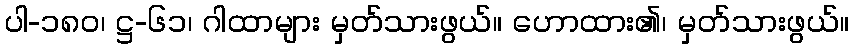
ပါ-၁၈၀၊ ဋ္ဌ-၆၁၊ ဂါထာများ မှတ်သားဖွယ်။ ဟောထား၏၊ မှတ်သားဖွယ်။